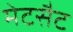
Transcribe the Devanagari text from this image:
मेटसैट